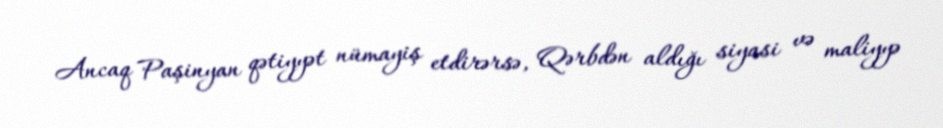
Ancaq Paşinyan qətiyyət nümayiş etdirərsə, Qərbdən aldığı siyasi və maliyyə